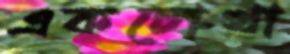
একচোখা